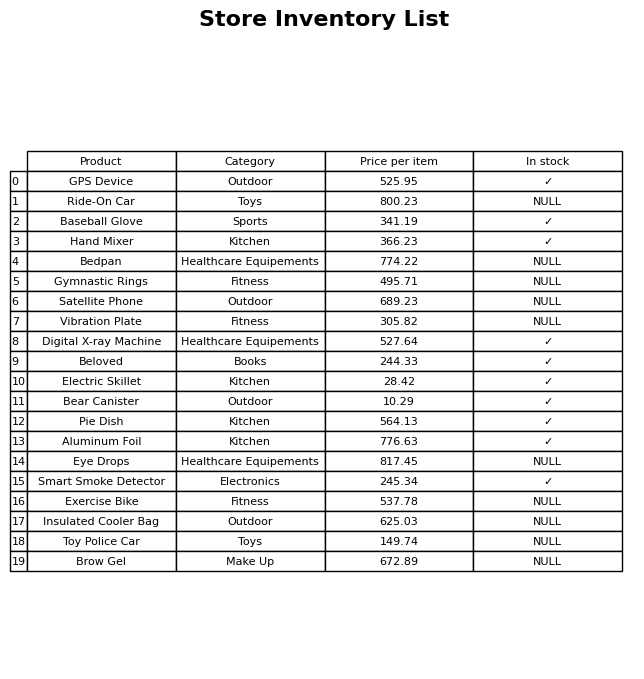
question: What is the price for Electric Skillet?
answer: The price of Electric Skillet is 28.42.